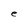
Character: e